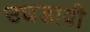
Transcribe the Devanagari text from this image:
उघडावी